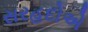
સરહદોએ